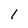
Character: I